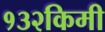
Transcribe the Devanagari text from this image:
१३२किमी